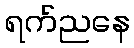
ရက်ညနေ